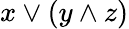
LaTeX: x\vee(y\wedge z)